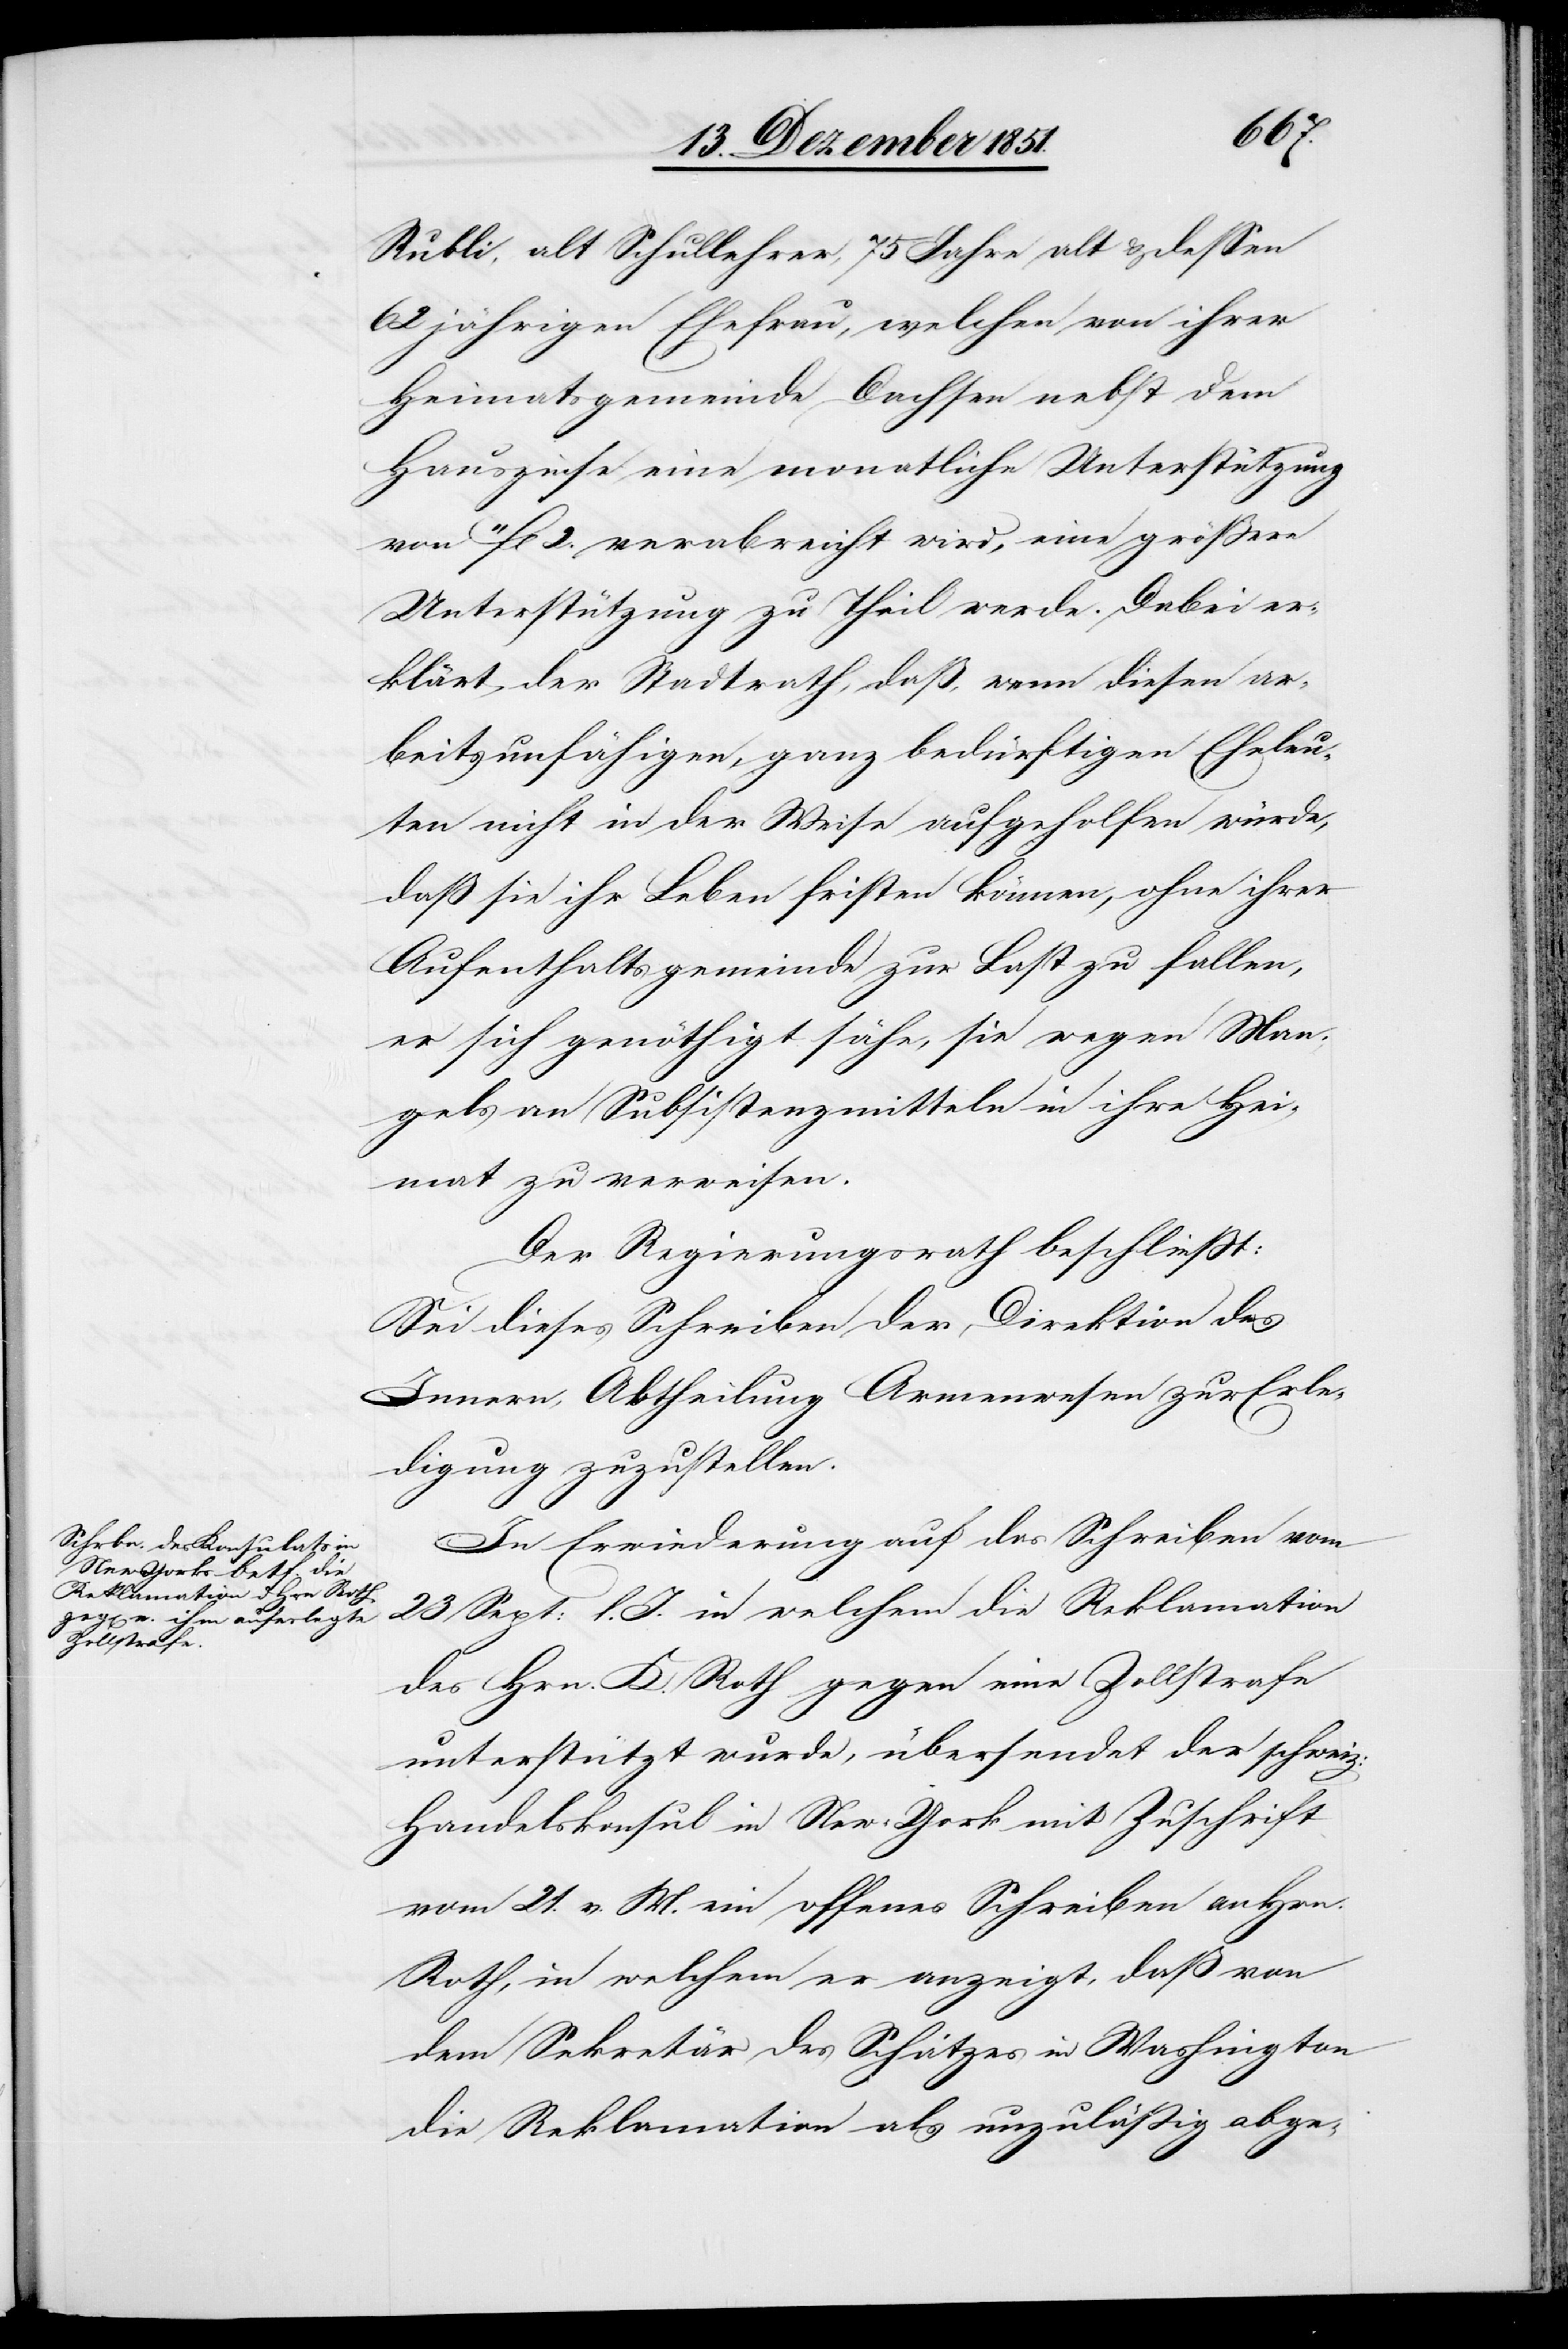
Rubli, alt Schullehrer, 75 Jahre alt & dessen
62 jährigen Ehefrau, welchen von ihrer
Heimatsgemeinde Dachsen nebst dem
Hauszinse eine monatliche Unterstützung
von 11fl 2. verabreicht wird, eine größere
Unterstützung zu Theil werde. Dabei er¬
klärt der Stadtrath, daß, wenn diesen ar¬
beitsunfähigen, ganz bedürftigen Eheleu¬
ten nicht in der Weise aufgeholfen würde,
daß sie ihr Leben fristen können, ohne ihrer
Aufenthaltsgemeinde zur Last zu fallen,
er sich genöthigt sähe, sie wegen Man¬
gels an Subsistenzmitteln in ihre Hei¬
mat zu verweisen.
Der Regierungsrath beschließt:
Sei dieses Schreiben der Direktion des
Innern, Abtheilung Armenwesen zur Erle¬
digung zuzustellen.
In Erwiederung auf das Schreiben vom
23 Sept: l. J. in welchem die Reklamation
des Hrn. K. Roth gegen eine Zollstrafe
unterstützt wurde, übersendet der schweiz:
Handelskonsul in New-York mit Zuschrift
vom 21. v. M. ein offenes Schreiben an Hrn.
Roth, in welchem er anzeigt, daß von
dem Sekretär des Schätze[r]s in Washington
die Reklamation als unzuläßig abge-